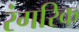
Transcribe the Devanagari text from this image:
रंगरिक